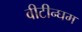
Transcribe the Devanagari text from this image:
वीटीन्घम